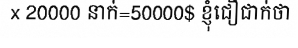
x 20000 នាក់=50000$ ខ្ញុំជឿជាក់ថា